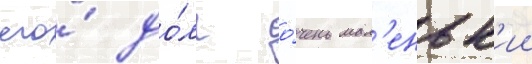
его́ до́лг о́чень мал'еньк'ии